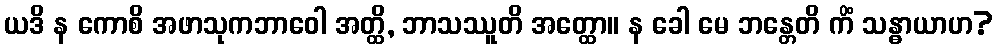
ယဒိ န ကောစိ အဖာသုကဘာဝေါ အတ္ထိ, ဘာသဿူတိ အတ္ထော။ န ခေါ မေ ဘန္တေတိ ကိံ သန္ဓာယာဟ?